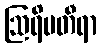
ဩရိမတီရာ